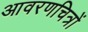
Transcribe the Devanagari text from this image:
आवरणचित्रों